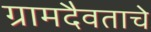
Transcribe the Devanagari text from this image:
ग्रामदैवताचे